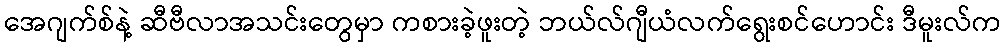
အေဂျက်စ်နဲ့ ဆီဗီလာအသင်းတွေမှာ ကစားခဲ့ဖူးတဲ့ ဘယ်လ်ဂျီယံလက်ရွေးစင်ဟောင်း ဒီမူးလ်က